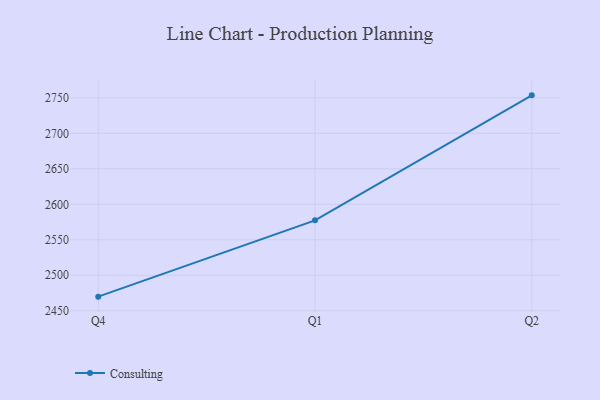
{"axis": {"x": "Quarter", "y": "Page Views"}, "legend": ["Consulting"], "data": [{"x": "Q4", "y": 2469.9, "type": "Consulting"}, {"x": "Q1", "y": 2577.4, "type": "Consulting"}, {"x": "Q2", "y": 2753.5, "type": "Consulting"}]}